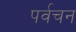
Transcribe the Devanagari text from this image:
पर्वचन